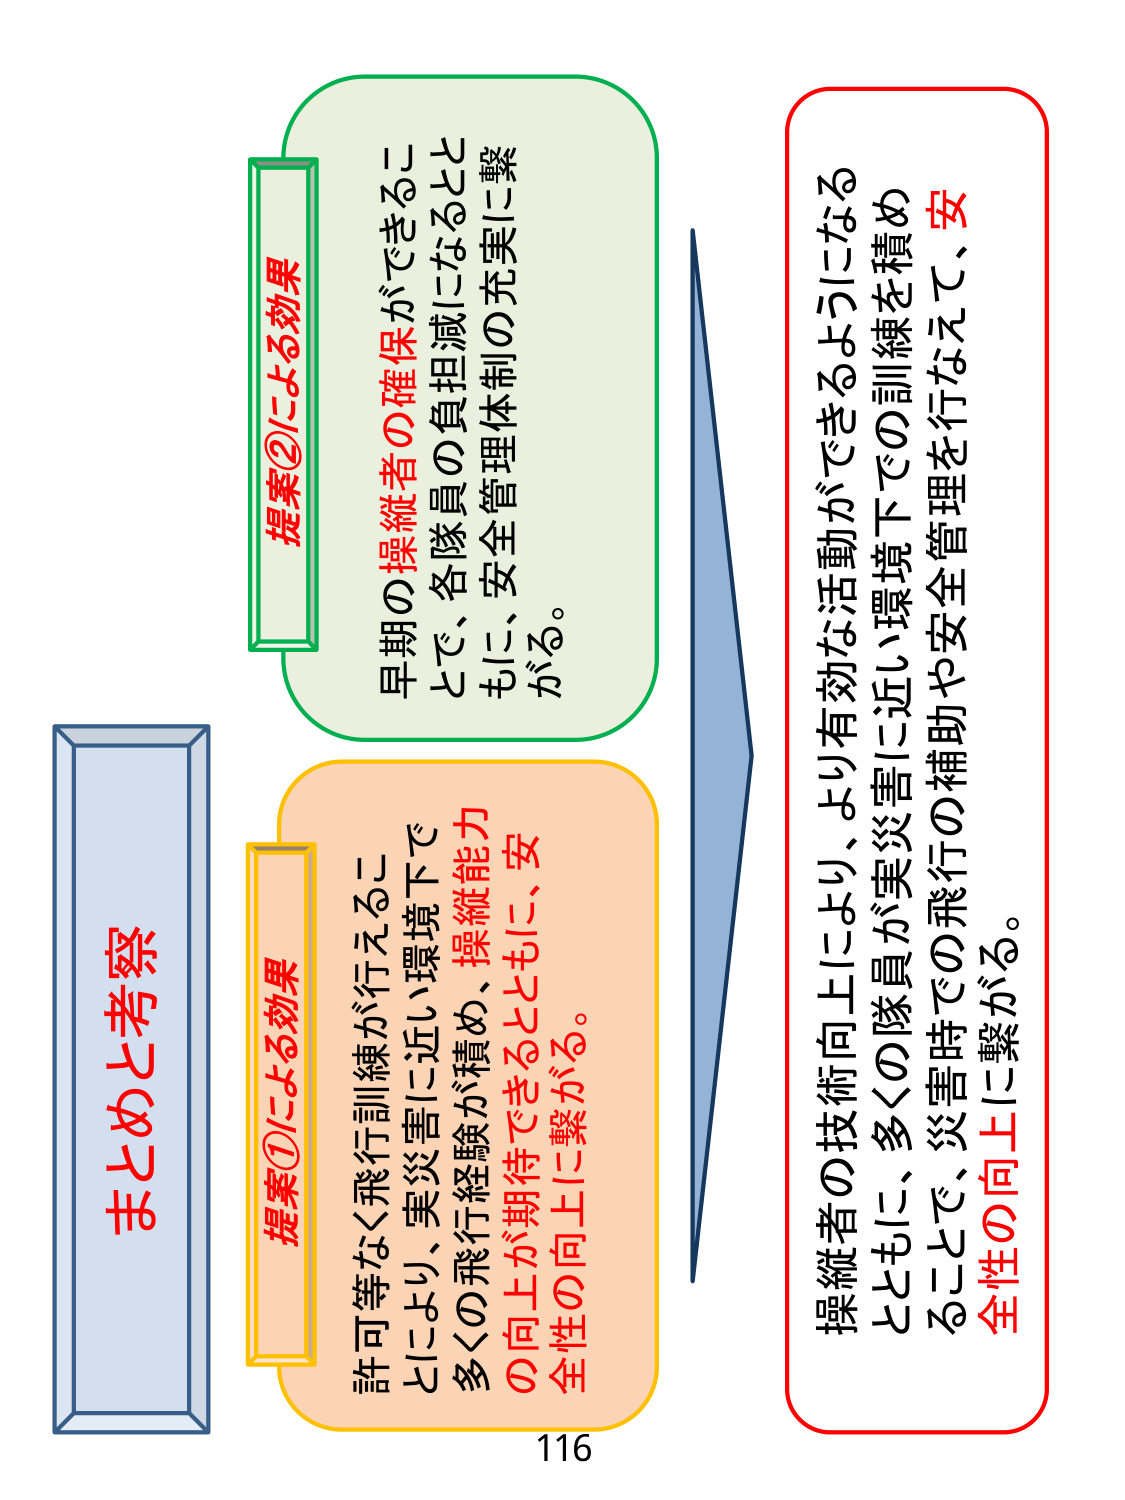
まとめと考察

提案①による効果
許可等なく飛行訓練が行えることにより、実災害に近い環境下で多くの飛行経験が積め、操縦能力の向上が期待できるとともに、安全性の向上に繋がる。

提案②による効果
早期の操縦者の確保ができることで、各隊員の負担減になるとともに、安全管理体制の充実に繋がる。

操縦者の技術向上により、より有効な活動ができるようになるとともに、多くの隊員が実災害に近い環境下での訓練を積めることで、災害時での飛行の補助や安全管理を行なえ、安全性の向上に繋がる。

116